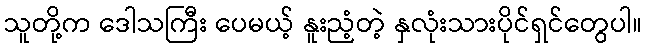
သူတို့က ဒေါသကြီး ပေမယ့် နူးညံ့တဲ့ နှလုံးသားပိုင်ရှင်တွေပါ။